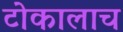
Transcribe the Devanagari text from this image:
टोकालाच